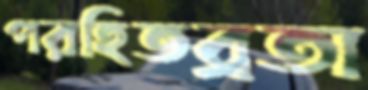
পরহিতব্রতা